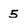
Character: 5